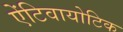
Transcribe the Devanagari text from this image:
ऐंटिवायोटिक